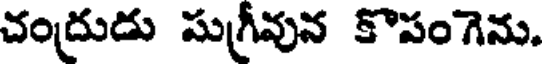
చంద్రుడు సుగ్రీవున కొపంగెను.